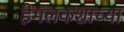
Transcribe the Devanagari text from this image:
हेमलकशाच्या